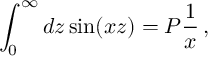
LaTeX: \int _ { 0 } ^ { \infty } d z \sin ( x z ) = P \frac { 1 } { x } \, ,